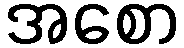
အစော